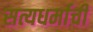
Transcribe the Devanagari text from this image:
सत्यधर्माची